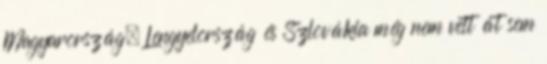
Magyarország, Lengyelország és Szlovákia még nem vett át sem